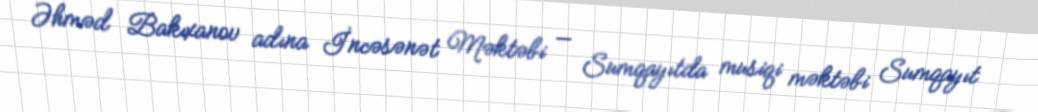
Əhməd Bakıxanov adına İncəsənət Məktəbi — Sumqayıtda musiqi məktəbi Sumqayıt